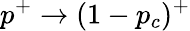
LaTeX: p^{+}\to(1-p_{c})^{+}